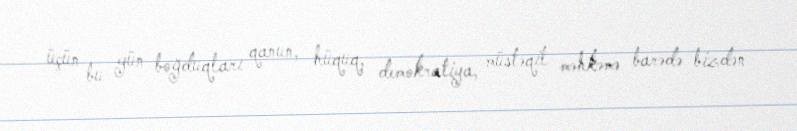
üçün bu gün boğduqları qanun, hüquq, demokratiya, müstəqil məhkəmə barədə bizdən